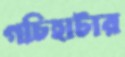
গচিহাটার